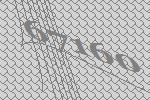
67160